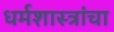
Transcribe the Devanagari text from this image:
धर्मशास्त्रांचा